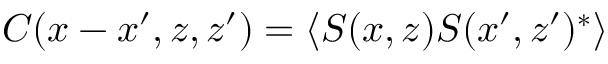
C ( x - x ^ { \prime } , z , z ^ { \prime } ) = \langle S ( x , z ) S ( x ^ { \prime } , z ^ { \prime } ) ^ { \ast } \rangle